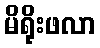
မိရိုးဖလာ